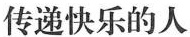
传递快乐的人